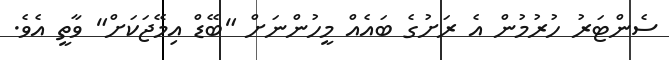
ސެންޓަރު ހުރުމުން އެ ރަށުގެ ބައެއް މީހުންނަށް "ބޭޑް އިމޭޖަކަށް" ވާތީ އެވެ.